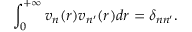
\int _ { 0 } ^ { + \infty } v _ { n } ( r ) v _ { n ^ { \prime } } ( r ) d r = \delta _ { n n ^ { \prime } } .